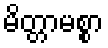
မိတ္တာမစ္စာ